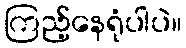
ကြည့်နေရုံပါပဲ။